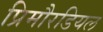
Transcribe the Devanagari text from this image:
प्रिमौरडियल